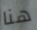
هنا